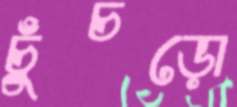
চুঁচড়ো